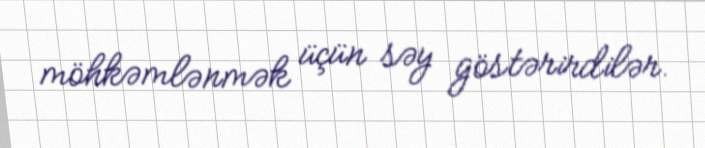
möhkəmlənmək üçün səy göstərirdilər.